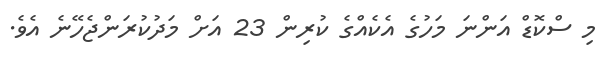
މި ސްކޮޑް އަންނަ މަހުގެ އެކެއްގެ ކުރިން 23 އަށް މަދުކުރަންޖެހޭނެ އެވެ.